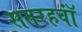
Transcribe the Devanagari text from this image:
सतरहवॉं